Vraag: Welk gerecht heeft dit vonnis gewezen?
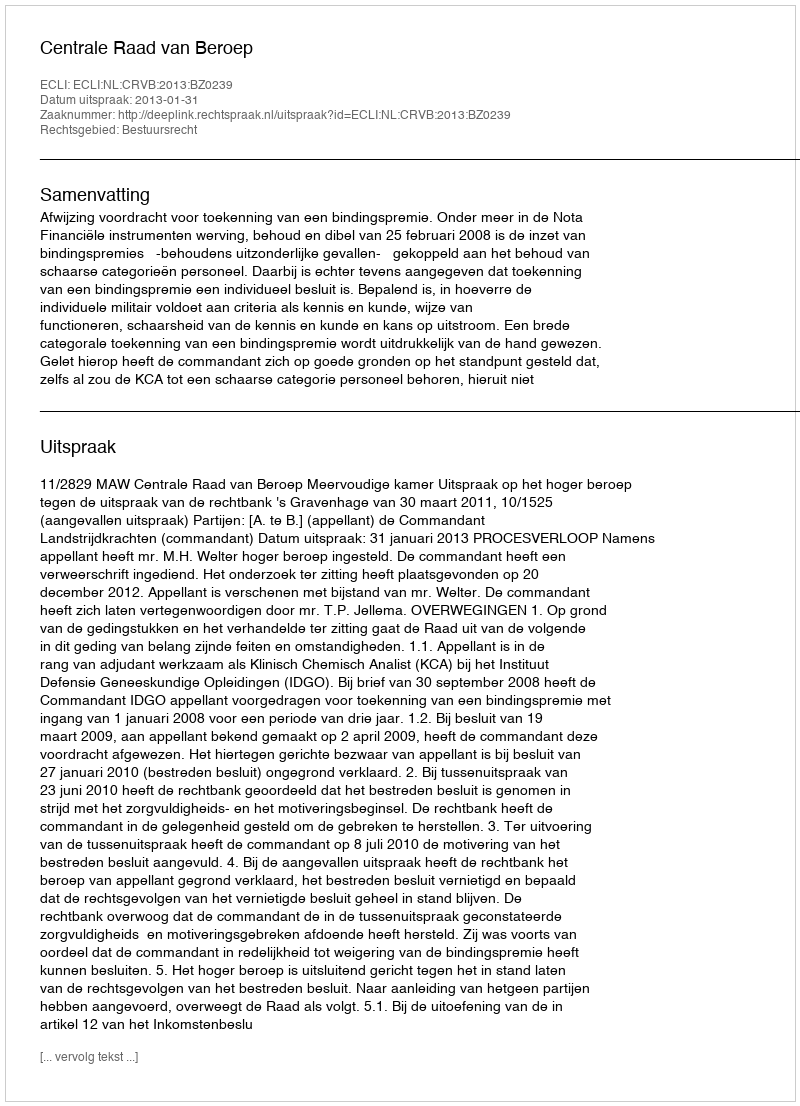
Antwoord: Centrale Raad van Beroep